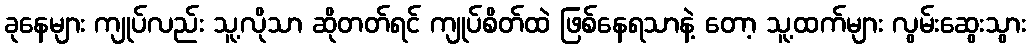
ခုနေများ ကျုပ်လည်း သူ့လိုသာ ဆိုတတ်ရင် ကျုပ်စိတ်ထဲ ဖြစ်နေရသာနဲ့ တော့ သူ့ထက်များ လွမ်းဆွေးသွား